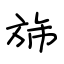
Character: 旆